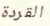
القردة